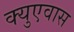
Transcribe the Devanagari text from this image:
क्युएवास